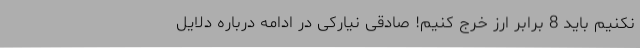
نکنیم باید 8 برابر ارز خرج کنیم! صادقی نیارکی در ادامه درباره دلایل